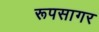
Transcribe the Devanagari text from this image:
रूपसागर